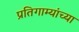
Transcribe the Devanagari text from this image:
प्रतिगाम्यांच्या